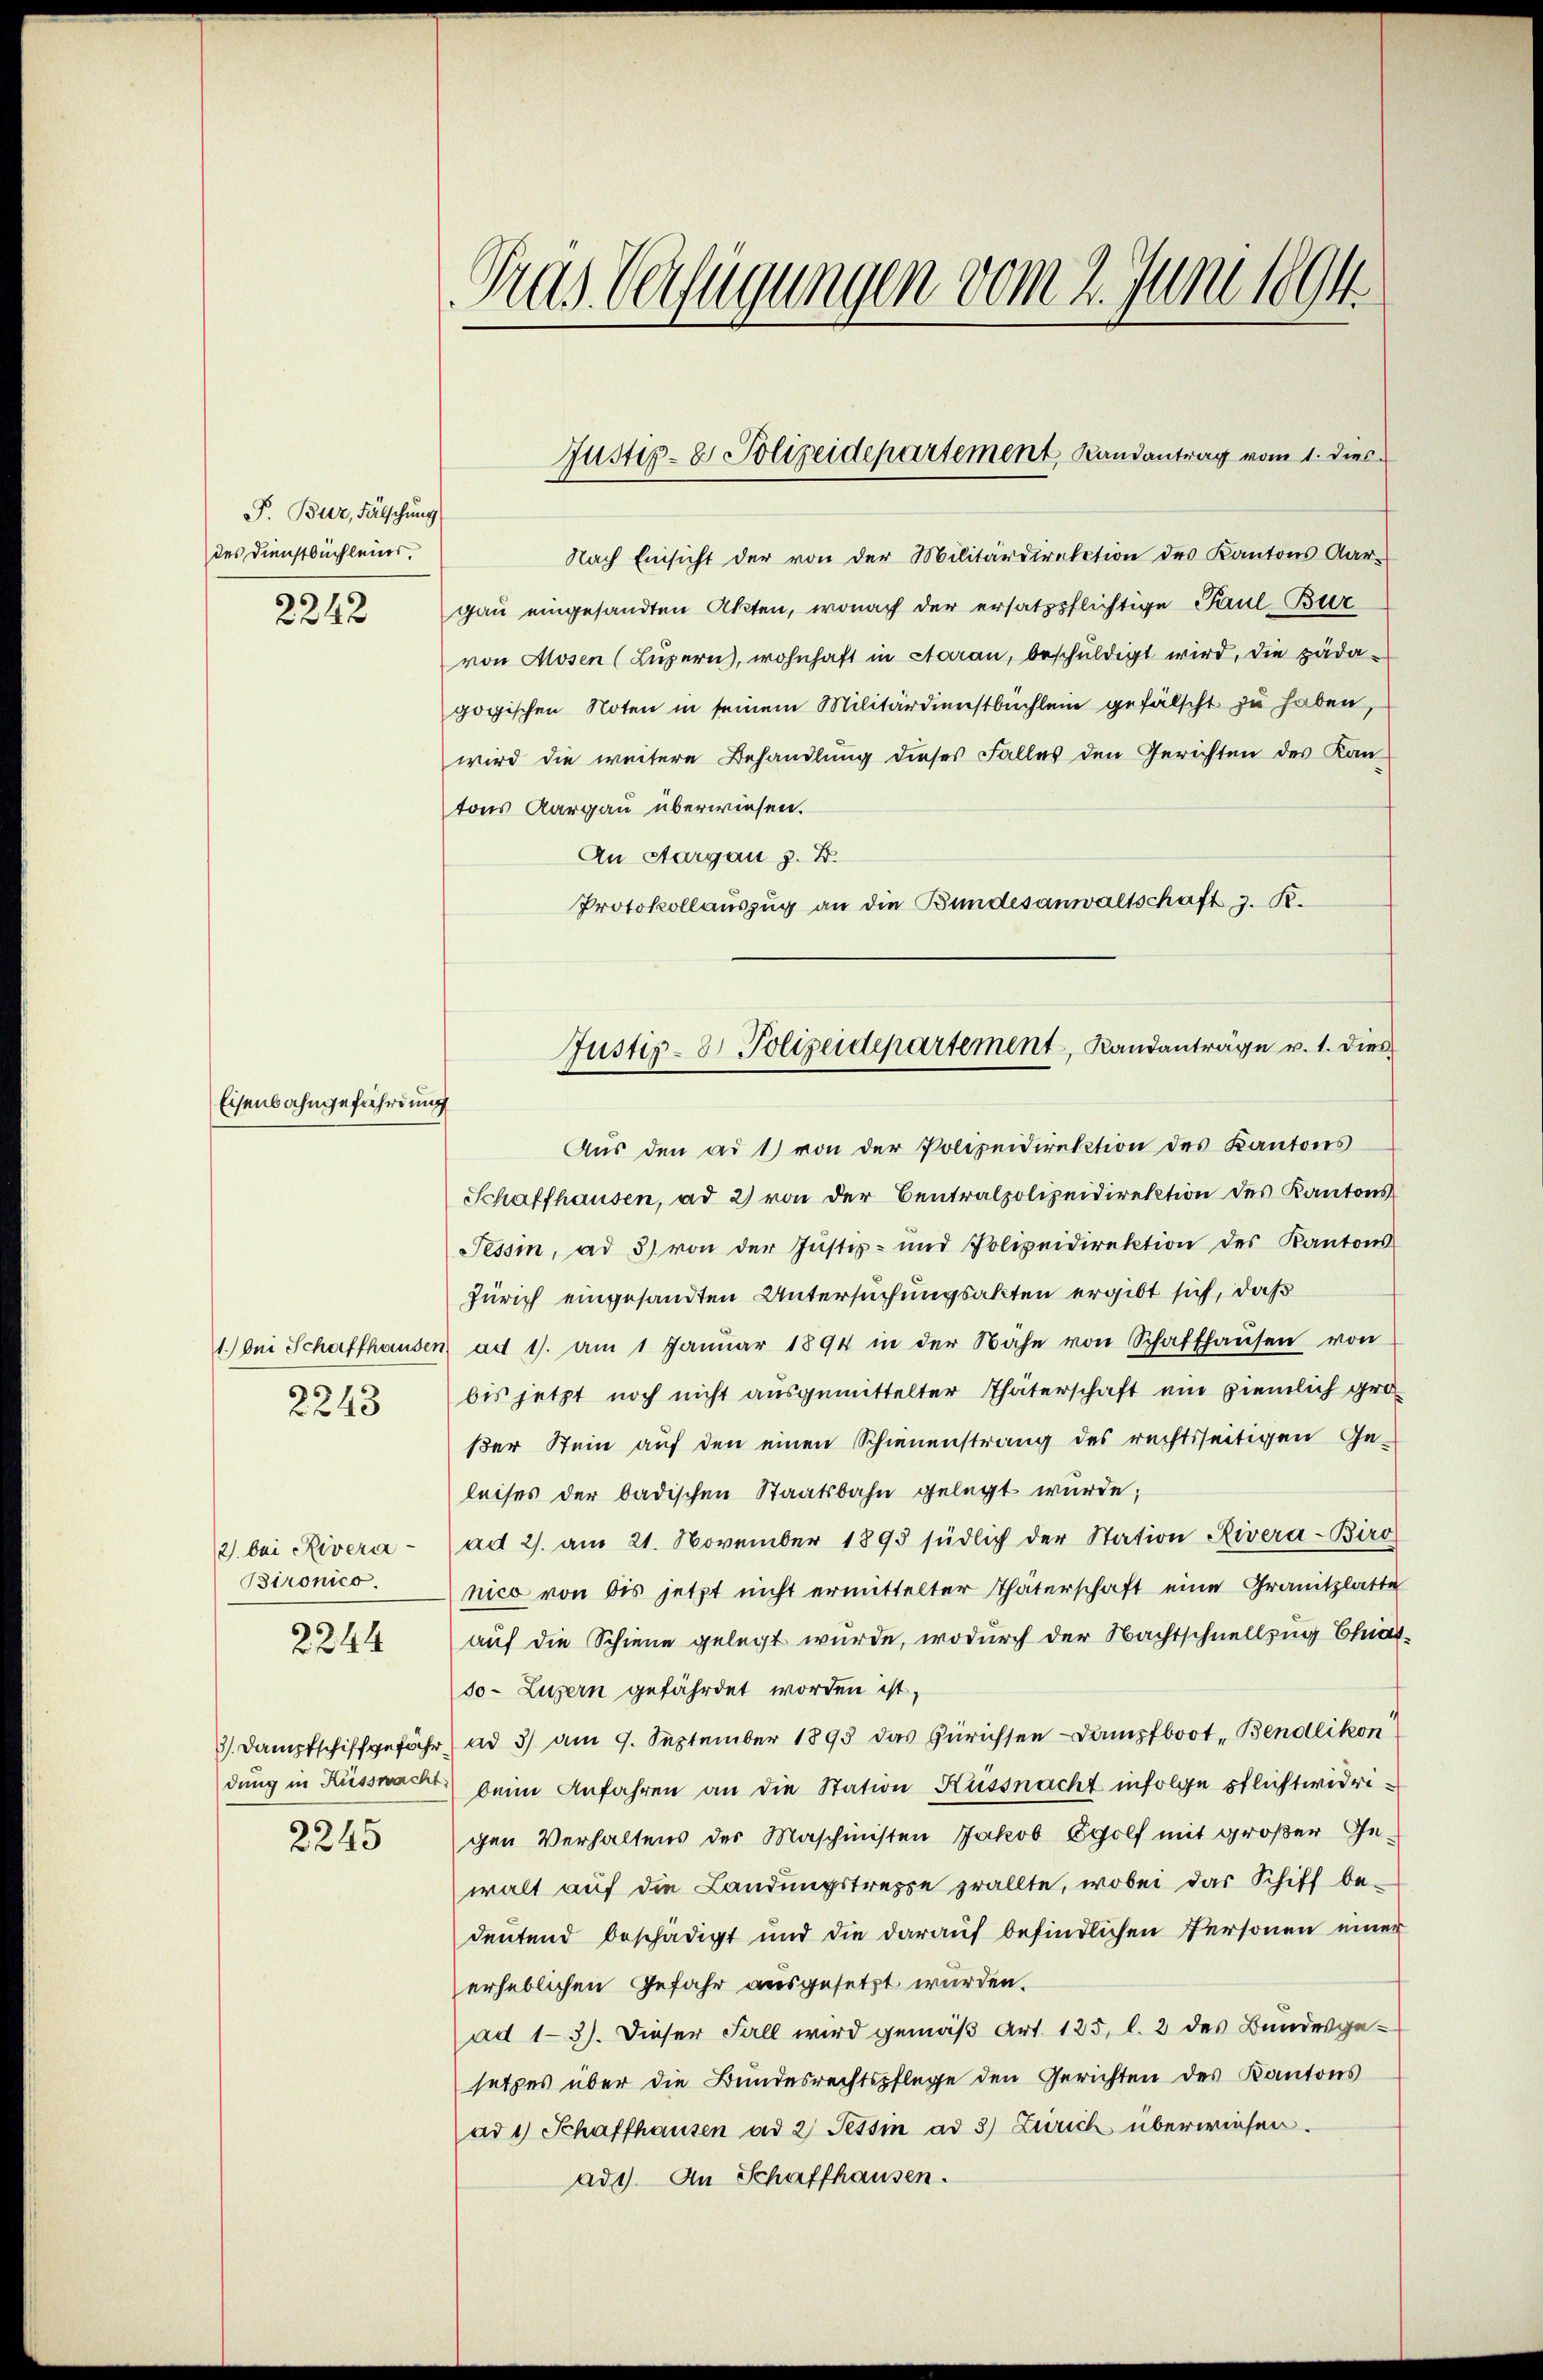
F. Bur, Fälschung
des Dienstbüchleins.

2242

Eisenbahngefährdung

1.) bei Schaffhausen
2243

2) bei Rivera-
Bironico
2244

3). Dampfschiffgefähr
dung in Küssnacht
2245

Tras Verfügungen vom 2. Juni 1894

Nach Einsicht der von der Militärdirektion des Kantons Aar-
gau eingesandten Akten, wonach der ersatzpflichtige Paul-Bur
von Mosen (Luzern, wohnhaft in Aaran, beschuldigt wird, die pädagogischen Noten in seinem Militärdienstbuchlein gefälscht zu haben,
wird die weitere Behandlung dieses Falles den Gerichten des Kantons Aargau überwiesen.
An Aargau z. B.
Protokollauszug an die Bundesanwaltschaft z. R.
Aŭs den ad 1) von der Polizeidirektion des Kantons
Schaffhausen, ad 2) von der Centralpolizeidirektion des Kantons¬
Tessin, ad 3) von der Justiz- und Polizeidirektion des Kantons
Zürich eingesandten Untersuchungsakten ergibt sich, daß
ad 1. am 1 Janŭar 1894 in der Nähe von Schaffhaŭsen von
bis jetzt noch nicht ausgemittelter Thäterschaft ein ziemlich großer Stein auf den einen Schienenstrang des rechtsseitigen Ge-
leises der badischen Staatsbahn gelegt wurde;
ad 2. am 21. November 1893 südlich der Station Rivera-Biro
nico von bis jetzt nicht ermittelter Thäterschaft eine Granitzlatte
auf die Schiene gelegt wurde, wodurch der Nachtschnellzug Chiat.
so Luzern gefährdet worden ist,
ad 3) am 9. September 1895 das Zürichsen Dampfboot, Bendlikon
 beim Anfahren an die Station Küssnacht infolge Pflichtwidrigen Verhaltens des Maschinisten Jakob Egolf mit großer Ge-
walt auf die Landungstreppe prallte, wobei das Schiff be-
deutend beschädigt und die darauf befindlichen Personen einer
erheblichen Gefahr ausgesetzt wurden.
ad 1-3). Dieser Fall wird gemäß Art. 125, l. 2 des Bundesgesetzes über die Bundesrechtspflege den Gerichten des Kantons
ad 1) Schaffhausen ad 2 Tessin ad 3) Zürich überwiesen.
ad1). An Schaffhausen.

Justiz- & Polizeidepartement Randantrag vom 1. dies

Justiz- & Polizeidepartement, Randanträge v. 1. dies